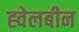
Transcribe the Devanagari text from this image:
ह्वेलबीन